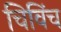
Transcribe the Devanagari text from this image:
चिविंच